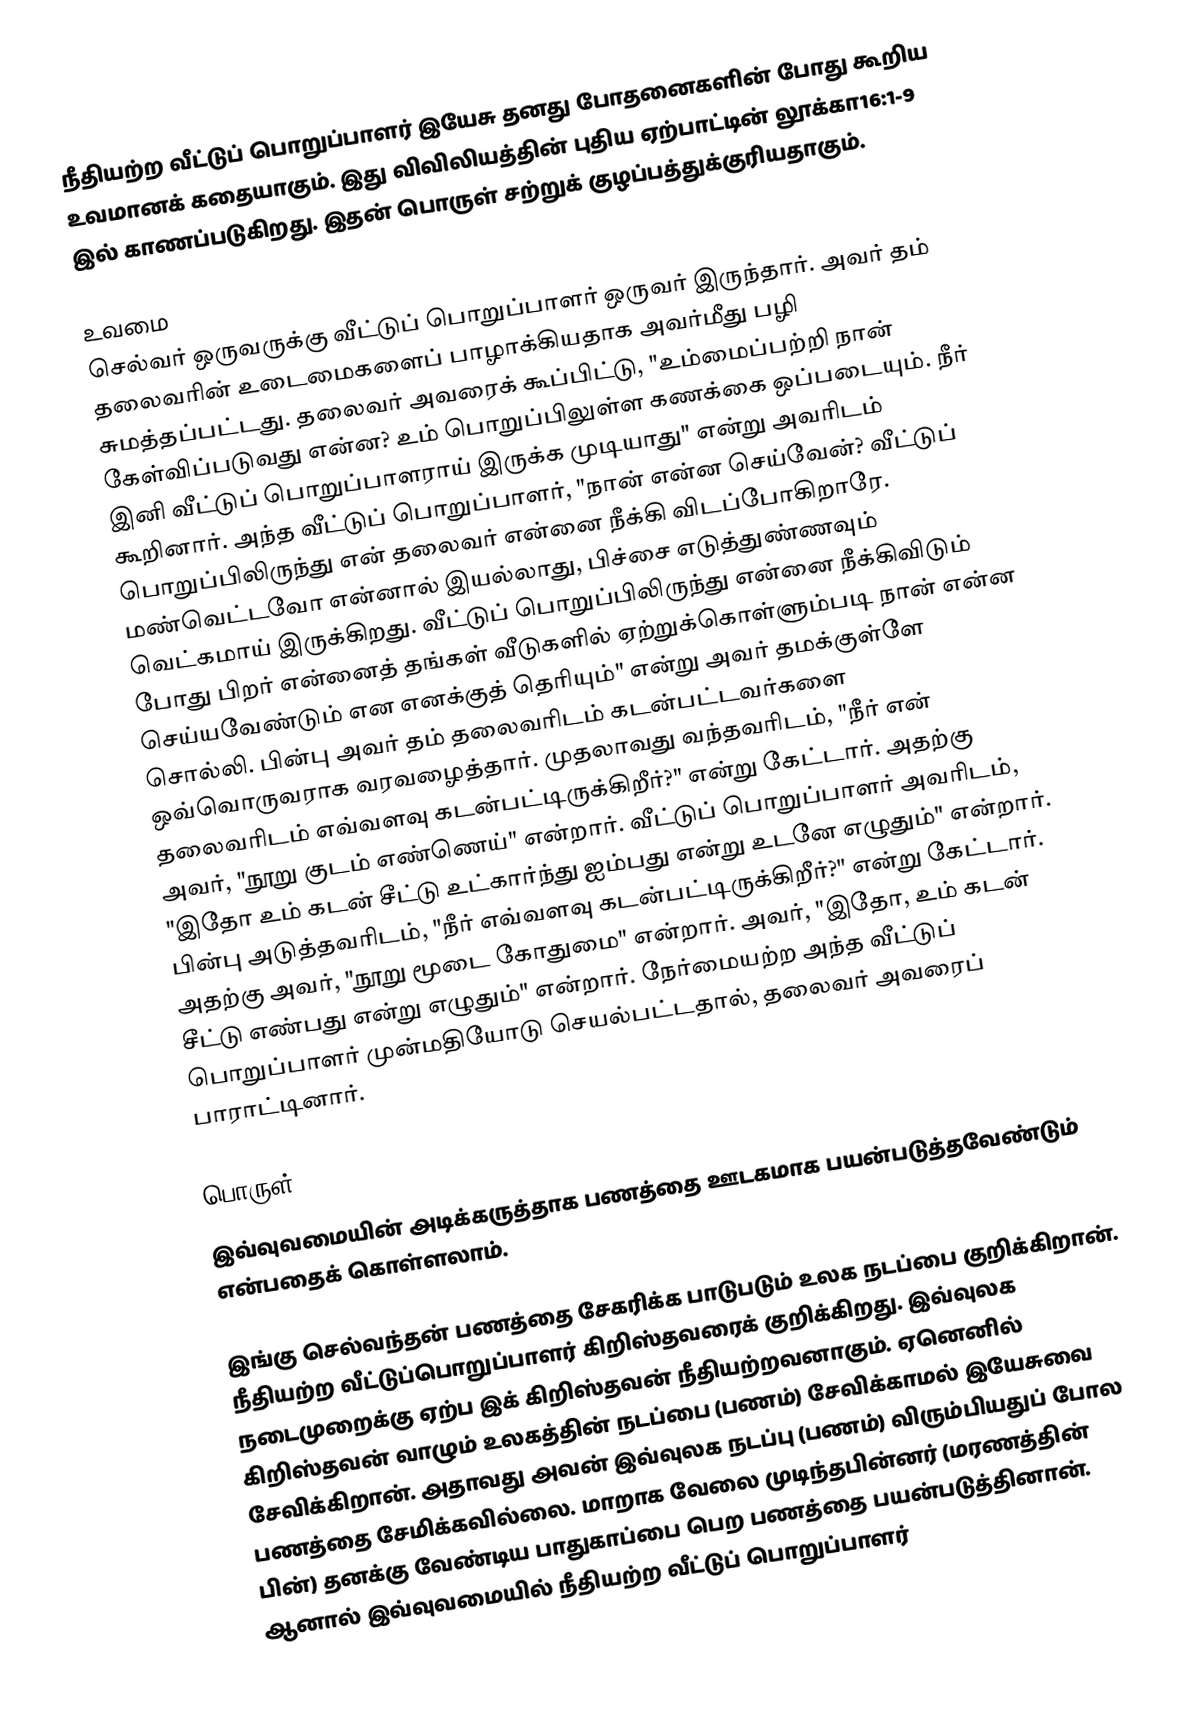
நீதியற்ற வீட்டுப் பொறுப்பாளர் இயேசு தனது போதனைகளின் போது கூறிய உவமானக் கதையாகும். இது விவிலியத்தின் புதிய ஏற்பாட்டின் லூக்கா16:1-9 இல் காணப்படுகிறது. இதன் பொருள் சற்றுக் குழப்பத்துக்குரியதாகும்.

உவமை
செல்வர் ஒருவருக்கு வீட்டுப் பொறுப்பாளர் ஒருவர் இருந்தார். அவர் தம் தலைவரின் உடைமைகளைப் பாழாக்கியதாக அவர்மீது பழி சுமத்தப்பட்டது. தலைவர் அவரைக் கூப்பிட்டு, "உம்மைப்பற்றி நான் கேள்விப்படுவது என்ன? உம் பொறுப்பிலுள்ள கணக்கை ஒப்படையும். நீர் இனி வீட்டுப் பொறுப்பாளராய் இருக்க முடியாது" என்று அவரிடம் கூறினார். அந்த வீட்டுப் பொறுப்பாளர், "நான் என்ன செய்வேன்? வீட்டுப் பொறுப்பிலிருந்து என் தலைவர் என்னை நீக்கி விடப்போகிறாரே. மண்வெட்டவோ என்னால் இயல்லாது, பிச்சை எடுத்துண்ணவும் வெட்கமாய் இருக்கிறது. வீட்டுப் பொறுப்பிலிருந்து என்னை நீக்கிவிடும் போது பிறர் என்னைத் தங்கள் வீடுகளில் ஏற்றுக்கொள்ளும்படி நான் என்ன செய்யவேண்டும் என எனக்குத் தெரியும்" என்று அவர் தமக்குள்ளே சொல்லி. பின்பு அவர் தம் தலைவரிடம் கடன்பட்டவர்களை ஒவ்வொருவராக வரவழைத்தார். முதலாவது வந்தவரிடம், "நீர் என் தலைவரிடம் எவ்வளவு கடன்பட்டிருக்கிறீர்?" என்று கேட்டார். அதற்கு அவர், "நூறு குடம் எண்ணெய்" என்றார். வீட்டுப் பொறுப்பாளர் அவரிடம், "இதோ உம் கடன் சீட்டு உட்கார்ந்து ஐம்பது என்று உடனே எழுதும்" என்றார். பின்பு அடுத்தவரிடம், "நீர் எவ்வளவு கடன்பட்டிருக்கிறீர்?" என்று கேட்டார். அதற்கு அவர், "நூறு மூடை கோதுமை" என்றார். அவர், "இதோ, உம் கடன் சீட்டு எண்பது என்று எழுதும்" என்றார். நேர்மையற்ற அந்த வீட்டுப் பொறுப்பாளர் முன்மதியோடு செயல்பட்டதால், தலைவர் அவரைப் பாராட்டினார்.

பொருள்
இவ்வுவமையின் அடிக்கருத்தாக பணத்தை ஊடகமாக பயன்படுத்தவேண்டும் என்பதைக் கொள்ளலாம்.

இங்கு செல்வந்தன் பணத்தை சேகரிக்க பாடுபடும் உலக நடப்பை குறிக்கிறான். நீதியற்ற வீட்டுப்பொறுப்பாளர் கிறிஸ்தவரைக் குறிக்கிறது. இவ்வுலக நடைமுறைக்கு ஏற்ப இக் கிறிஸ்தவன் நீதியற்றவனாகும். ஏனெனில் கிறிஸ்தவன் வாழும் உலகத்தின் நடப்பை (பணம்) சேவிக்காமல் இயேசுவை சேவிக்கிறான். அதாவது அவன் இவ்வுலக நடப்பு (பணம்) விரும்பியதுப் போல பணத்தை சேமிக்கவில்லை. மாறாக வேலை முடிந்தபின்னர் (மரணத்தின் பின்) தனக்கு வேண்டிய பாதுகாப்பை பெற பணத்தை பயன்படுத்தினான். ஆனால் இவ்வுவமையில் நீதியற்ற வீட்டுப் பொறுப்பாளர்